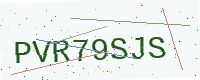
Text: PVR79SJS